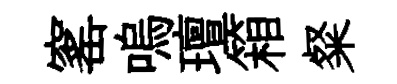
窰嗚璮箱粲